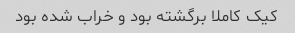
کیک کاملا برگشته بود و خراب شده بود